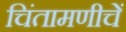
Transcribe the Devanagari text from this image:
चिंतामणीचें